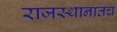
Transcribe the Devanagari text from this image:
राजस्थानातच